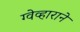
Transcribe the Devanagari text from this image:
ग्वेव्हाराने